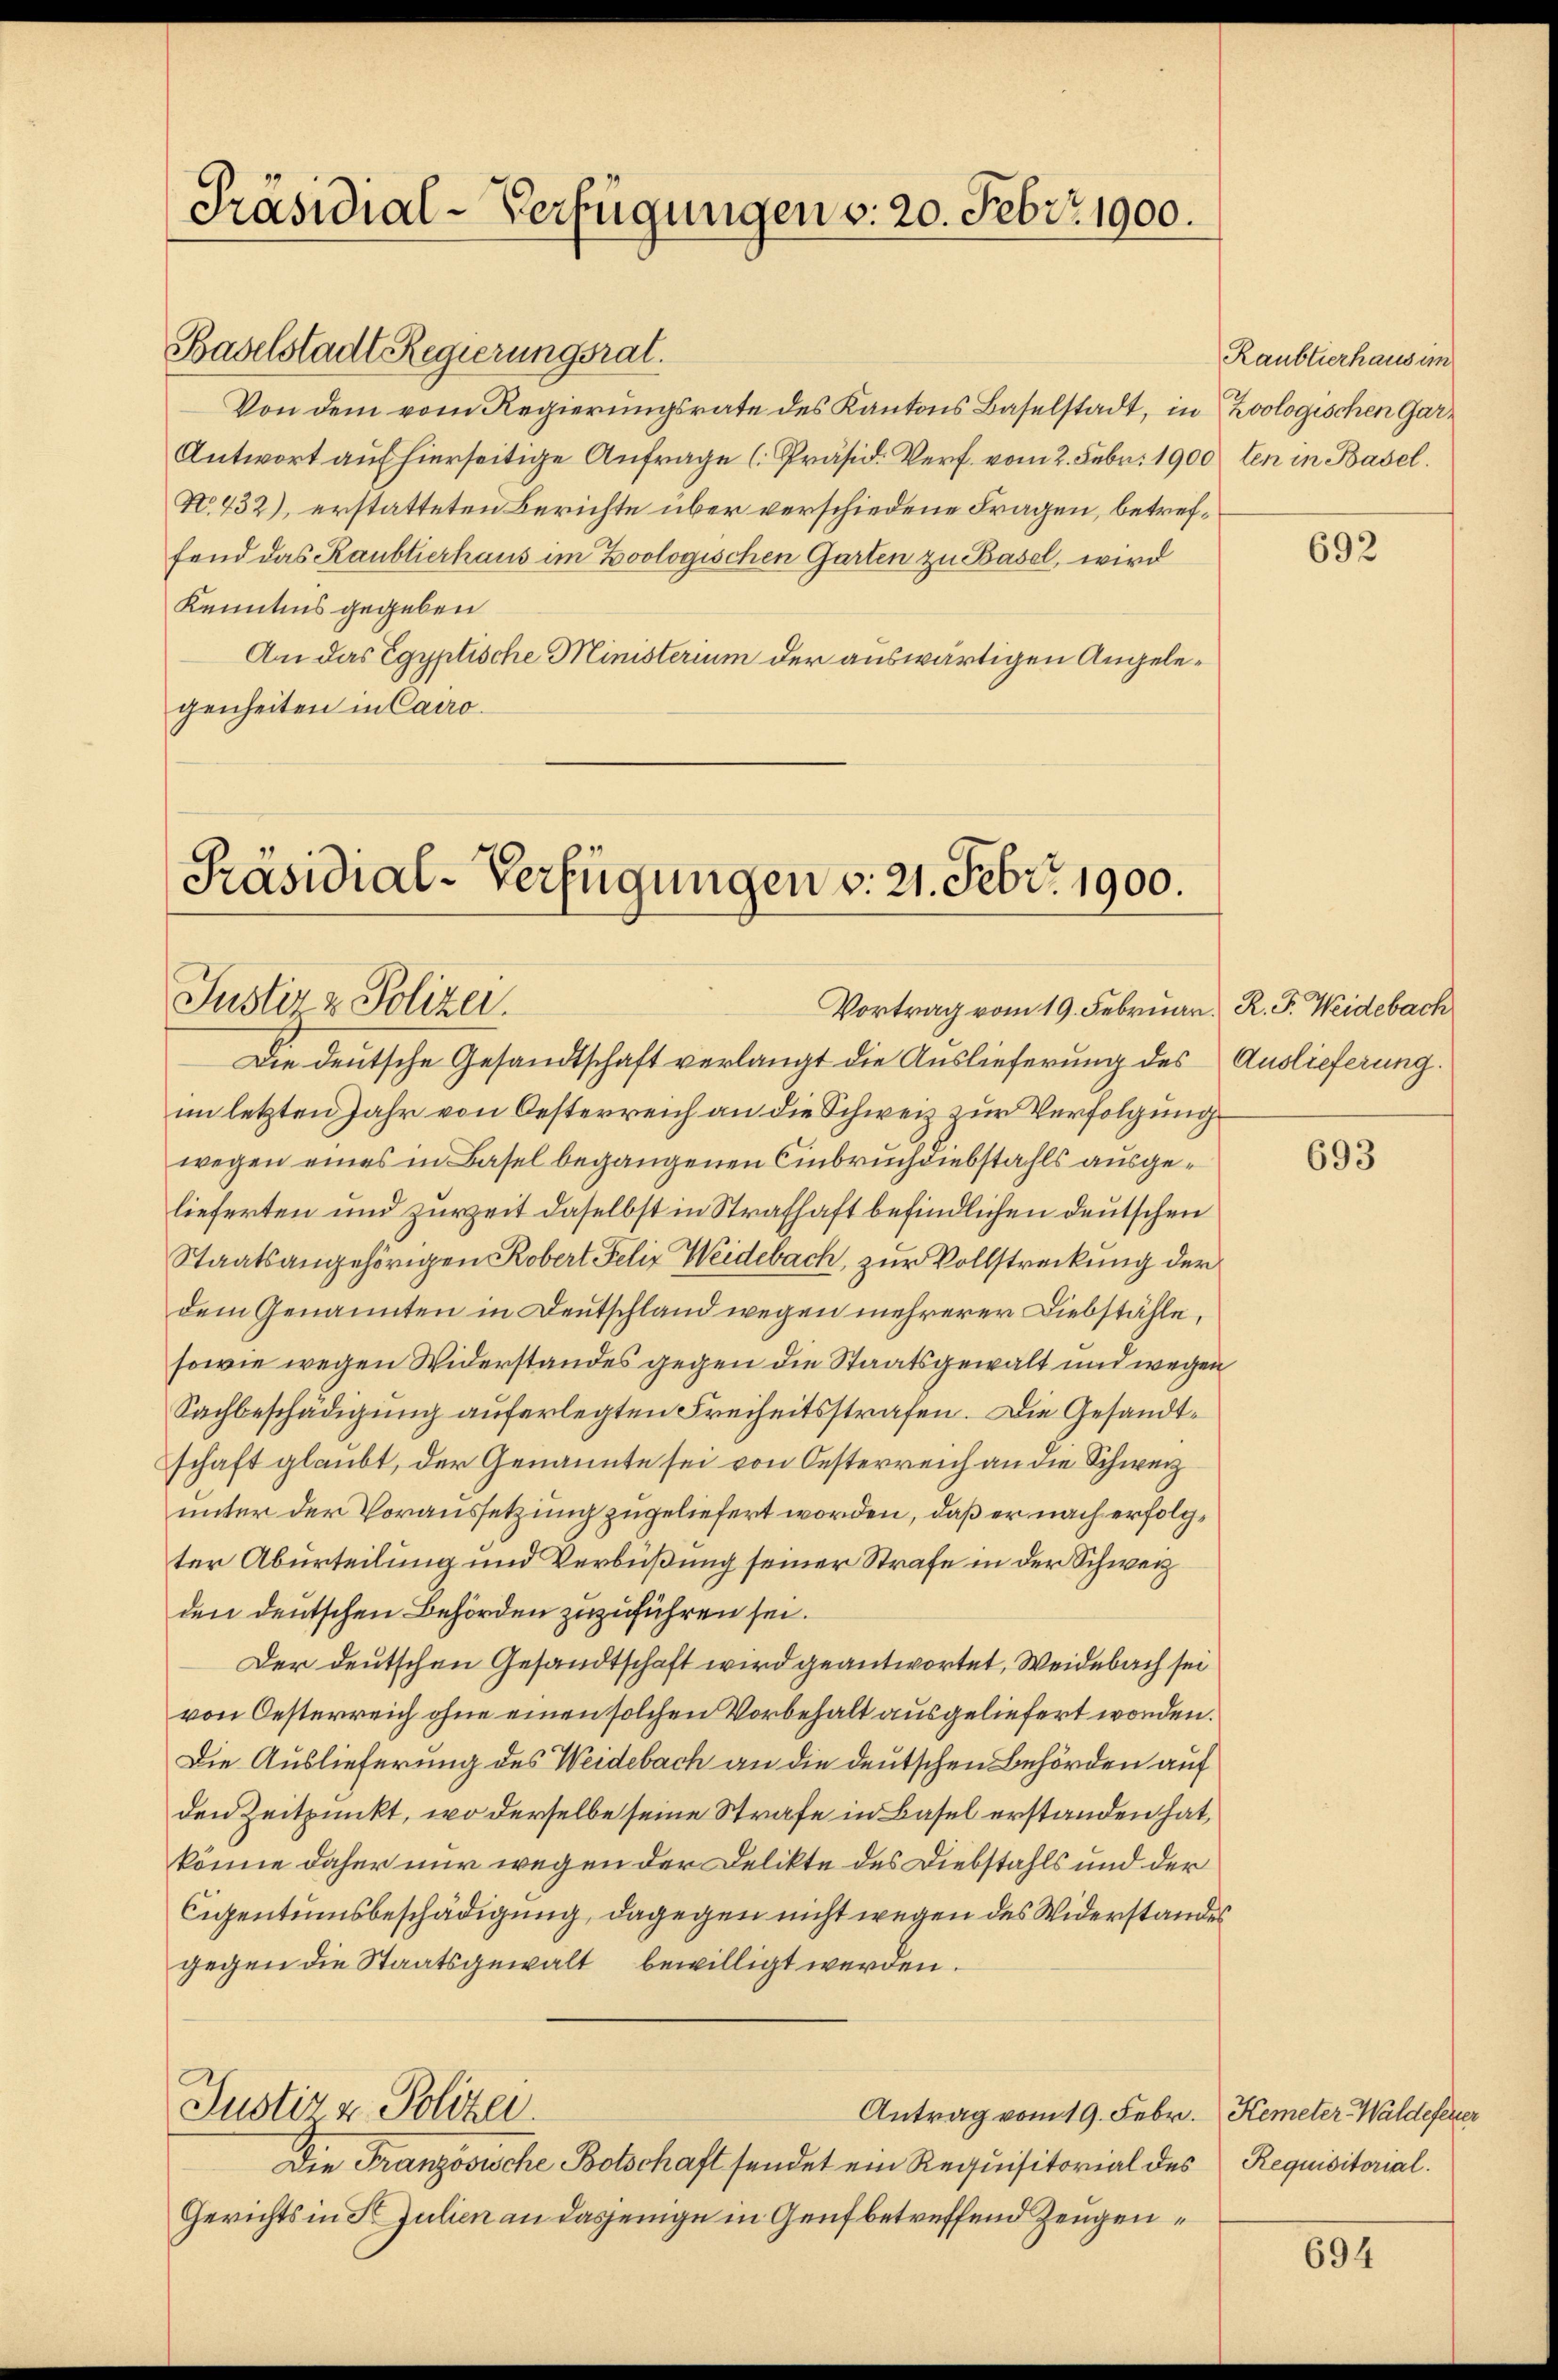
Präsidial-Verfügungen v. 20. Febr. 1900.

Baselstadt Regierungsrat.
Von dem vom Regierungsrate des Kantons Baselstadt, in Zoologischen Gar¬
Antwort auf hierseitige Anfrage [Präsid. Verf. vom 2. Febr. 1900 ten in Basel.
No. 432), erstatteten Berichte über verschiedene Fragen, betreffend das Raubtierhaus im Zoologischen Garten zu Basel, wird
Kenntnis gegeben
An das Egyptische Ministerium der auswärtigen Angelegenheiten in Cairo

Präsidial-Verfügungen v. 21. Febr. 1900.
Justiz & Polizei.
Vortrag vom 19. Februar. R. F. Weidebach

Raubtierhausun

Die deutsche Gesandtschaft verlangt die Auslieferung des Auslieferung.
im letzten Jahr von Oesterreich an die Schweiz zur Verfolgung
wegen eines in Basel begangenen Einbruch diebstahls ausgelieferten und zurZeit daselbst in Strafhaft befindlichen Deutschen
Staatsangehörigen Kobert Felix Weidebach, zur Vollstreckung der
dem Genannten in Deutschland wegen mehrerer Diebstähle,
sowie wegen Widerstandes gegen die Staatsgewalt und wegen
Sachbeschädigung auferlegten Freiheitsstrafen. Die Gesandtschaft glaubt, der Genannte sei von Oesterreich an die Schweiz
unter der Voraussetzung zugeliefert worden, daß er nach erfolgter Aburteilung und Verbüßung seiner Strafe in der Schweiz
den deutschen Behörden zuzuführen sei.
Der deutschen Gesandtschaft wird geantwortet, Weidebach sei
von Oesterreich ohne einen solchen Vorbehalt ausgeliefert worden.
Die Auslieferung des Weidebach an die deutschen Behörden auf
den Zeitpunkt, wo derselbe seine Strafe in Basel erstanden hat,
könne daher nur wegen der Delikte des Diebstahls und der
Cigentumsbeschädigung, dagegen nicht wegen des Widerstandes
gegen die Staatsgewalt bewilligt werden.
Justiz & Polizei.
Antrag vom 19. Febr. Kemeter-Waldeferer
Die Französische Botschaft sendet ein Requisitorial des
Gerichts in St. Julien an dasjenige in Genf betreffend Zeugen¬

692

693

Requisitorial.

694